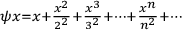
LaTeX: \scriptstyle \psi x = x + { \frac { x ^ { 2 } } { 2 ^ { 2 } } } + { \frac { x ^ { 3 } } { 3 ^ { 2 } } } + \cdots + { \frac { x ^ { n } } { n ^ { 2 } } } + \cdots